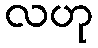
လဟု